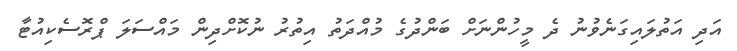
އަދި އަތުލައިގަނެވުނު ދެ މީހުންނަށް ބަންދުގެ މުއްދަތު އިތުރު ނުކޮށްދިން މައްސަލަ ޕްރޮސެކިއުޓާ